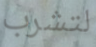
لتشرب